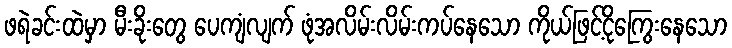
ဖရဲခင်းထဲမှာ မီးခိုးတွေ ပေကျံလျက် ဖုံအလိမ်းလိမ်းကပ်နေသော ကိုယ်ဖြင့်ငိုကြွေးနေသော